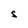
Character: S